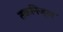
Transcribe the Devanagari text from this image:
तकनिज्ञ